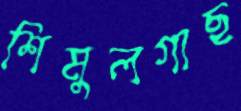
শিমুলগাছ